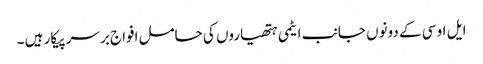
ایل او سی کے دونوں جانب ایٹمی ہتھیاروں کی حامل افواج برسر پیکار ہیں ۔